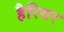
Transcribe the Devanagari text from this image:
हैरियर